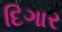
દિગાર